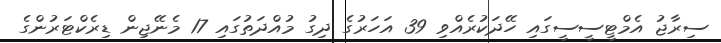
ސިރާޖު އެމްޓީސީސީގައި ހޭދަކުރެއްވި 39 އަހަރުގެ ދިގު މުއްދަތުގައި 17 މެނޭޖިން ޑިރެކްޓަރުންގެ